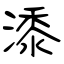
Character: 潻